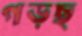
গড়ছ